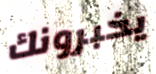
يخبرونك